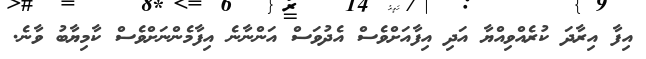
އިފާ އިރާދަ ކުރެއްވިއްޔާ އަދި އިފާއަށްވެސް އެދުވަސް އަންނާނެ އިފާމެންނަށްވެސް ކާމިޔާބު ވާނެ.